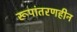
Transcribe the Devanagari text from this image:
रूपांतरणहीन